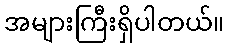
အများကြီးရှိပါတယ်။